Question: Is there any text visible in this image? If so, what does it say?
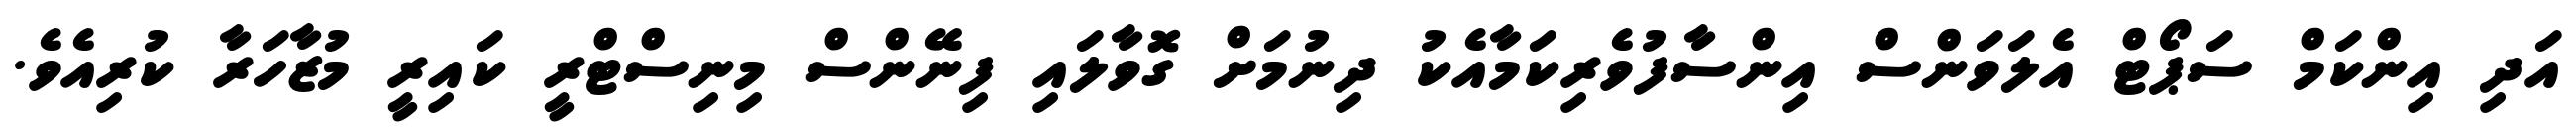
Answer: އަދި އިންކަމް ސަޕޯޓް އެލަވަންސް އިންސާފުވެރިކަމާއެކު ދިނުމަށް ގޮވާލައި ފިނޭންސް މިނިސްޓްރީ ކައިރީ މުޒާހަރާ ކުރިއެވެ.